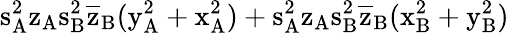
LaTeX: \mathrm{s_{A}^{2}\mathrm{z_{A}\mathrm{s_{B}^{2}\mathrm{\overline{{z}}_{B}(\mathrm{y_{A}^{2}+\mathrm{x_{A}^{2})+\mathrm{s_{A}^{2}\mathrm{z_{A}\mathrm{s_{B}^{2}\mathrm{\overline{{z}}_{B}(\mathrm{x_{B}^{2}+\mathrm{y_{B}^{2})}}}}}}}}}}}}